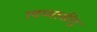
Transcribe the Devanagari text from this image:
त्वय्यासीद्